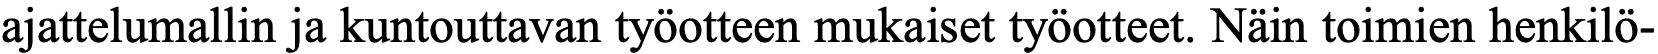
ajattelumallin ja kuntouttavan työotteen mukaiset työotteet. Näin toimien henkilö-